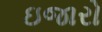
ઇજારો